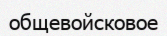
общевойсковое